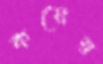
কয়ের